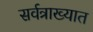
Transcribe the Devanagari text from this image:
सर्वत्राख्यात